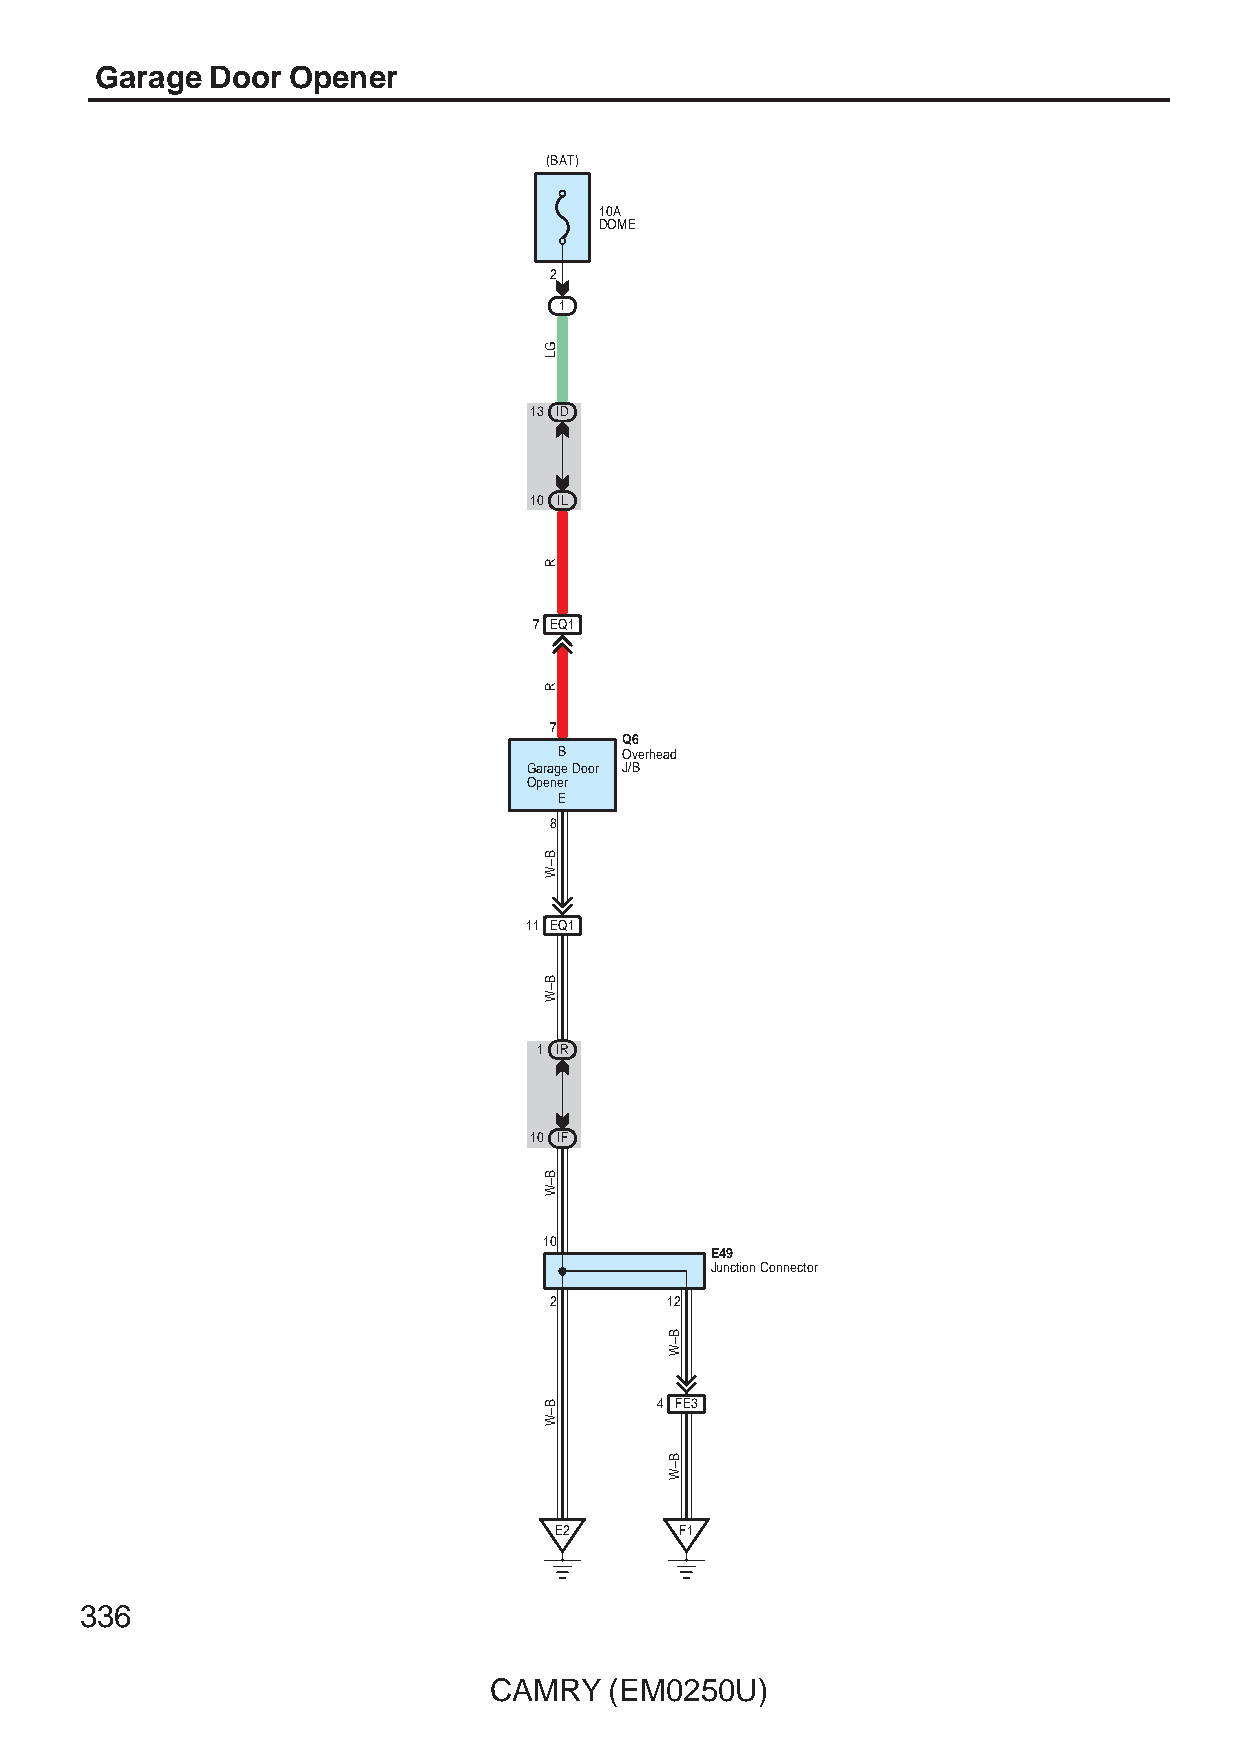
Garage  Door Opener
 (BAT)
 10A
 DOME
 2
 1
 13 ID
 10 IL
 7 EQ1
 7
 Q6
 B   Overhead
 Garage Door J/B
 Opener
 E
 8
 11 EQ1
 1 IR
 10 IF
 10
 E49
 Junction Connector
 2       12
 4 FE3
 E2      F1
 336
 CAMRY   (EM0250U)
 GL
 R
 R
 B–W
 B–W
 B–W
 B–W
 B–W
 B–W